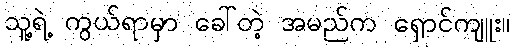
သူ့ရဲ့ ကွယ်ရာမှာ ခေါ်တဲ့ အမည်က ရှောင်ကျူး။